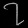
Digit: ၇